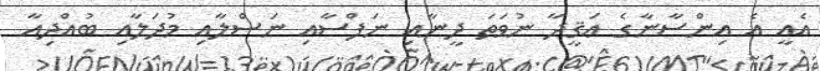
އެއީ އެ އިންސާނާގެ ޢަޤީދާ ނުވަތަ ދީނާއި ނަފްސާއި ނަސްލާއި މުދަލާއި ބުއްދިއާ